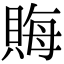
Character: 𧶅